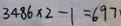
3 4 8 6 \times 2 - 1 = 6 9 7 \cdot